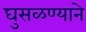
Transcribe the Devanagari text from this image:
घुसळण्याने